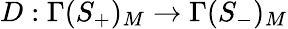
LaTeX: D:\Gamma(S_{+})_{M}\rightarrow\Gamma(S_{-})_{M}